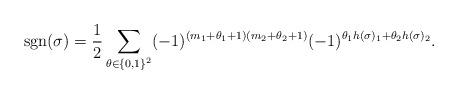
LaTeX: \begin{align*} \mathrm{sgn}(\sigma) = \frac{1}{2} \sum_{\theta \in \{0,1\}^2} (-1)^{ (m_1+\theta_1+1)(m_2+\theta_2+1) } (-1)^{ \theta_1 h(\sigma)_1 + \theta_2 h(\sigma)_2 }.\end{align*}